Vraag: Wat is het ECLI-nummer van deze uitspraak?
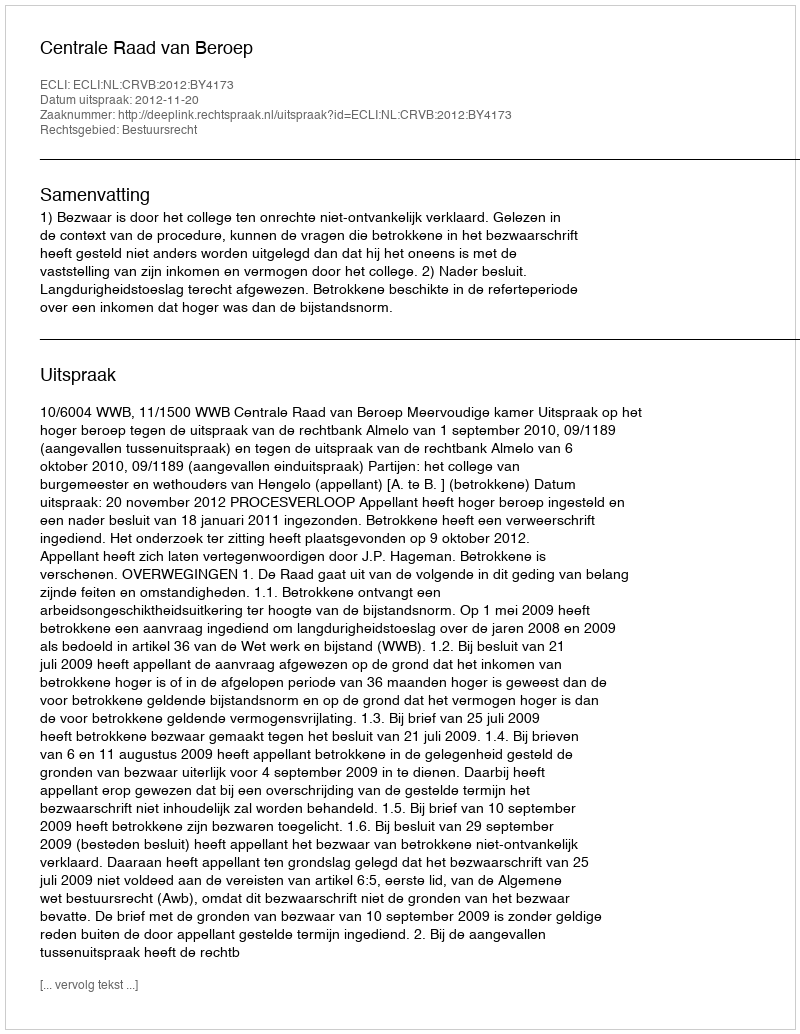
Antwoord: ECLI:NL:CRVB:2012:BY4173